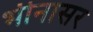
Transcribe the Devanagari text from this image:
भीनासर